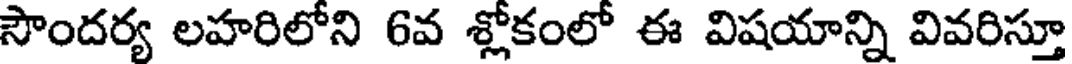
సౌందర్య లహరిలోని 6వ శ్లోకంలో ఈ విషయాన్ని వివరిస్తూ